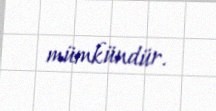
mümkündür.